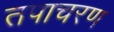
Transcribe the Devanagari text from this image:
तपाचरण